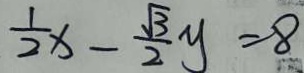
\frac { 1 } { 2 } x - \frac { \sqrt { 3 } } { 2 } y = 8